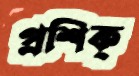
প্রশিক্